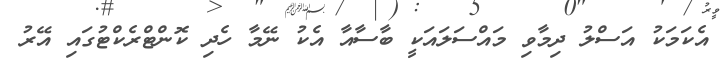
އެކަމަކު އަސްލު ދިމާވި މައްސަލައަކީ ބާސާއާ އެކު ނޭމާ ހެދި ކޮންޓްރެކްޓުގައި އޭރު